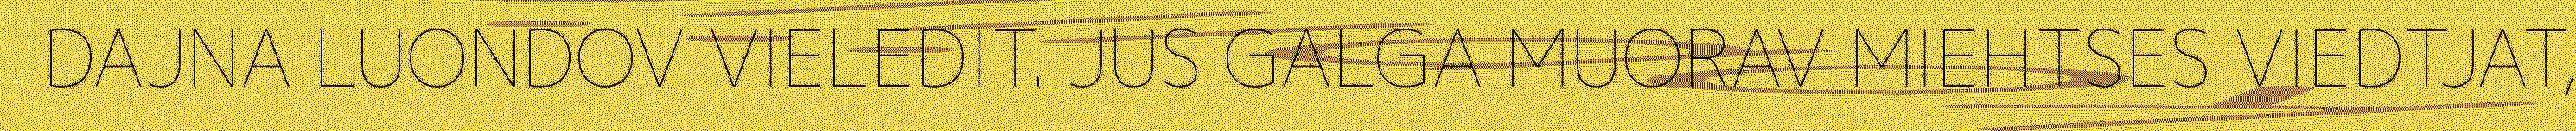
DAJNA LUONDOV VIELEDIT. JUS GALGA MUORAV MIEHTSES VIEDTJAT,